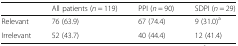
<table><thead><tr><td></td><td><b>All patients (<i>n</i> = 119)</b></td><td><b>PPI (<i>n</i> = 90)</b></td><td><b>SDPI (<i>n</i> = 29)</b></td></tr></thead><tbody><tr><td>Relevant</td><td>76 (63.9)</td><td>67 (74.4)</td><td>9 (31.0)<sup>a</sup></td></tr><tr><td>Irrelevant</td><td>52 (43.7)</td><td>40 (44.4)</td><td>12 (41.4)</td></tr></tbody></table>